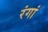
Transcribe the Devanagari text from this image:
रंगां